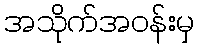
အသိုက်အဝန်းမှ